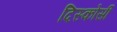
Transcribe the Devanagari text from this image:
दिस्कोर्सी